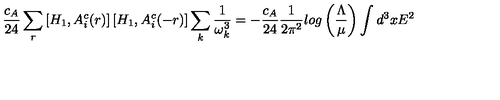
{ \frac { c _ { A } } { 2 4 } } \sum _ { r } \left[ H _ { 1 } , A _ { i } ^ { c } ( r ) \right] \left[ H _ { 1 } , A _ { i } ^ { c } ( - r ) \right] \sum _ { k } { \frac { 1 } { \omega _ { k } ^ { 3 } } } = - { \frac { c _ { A } } { 2 4 } } { \frac { 1 } { 2 \pi ^ { 2 } } } l o g \left( { \frac { \Lambda } { \mu } } \right) \int d ^ { 3 } x E ^ { 2 }